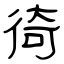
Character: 徛